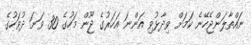
ނައްތާލަންޖެހޭނެ ކަމަށް ވިދާޅުވި އަންނަ އަހަރުގެ ޖޫން މަހުގެ 30 ވަނަ ދުވަހުގެ